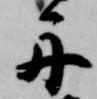
舟